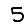
Digit: 5